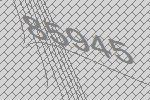
85945